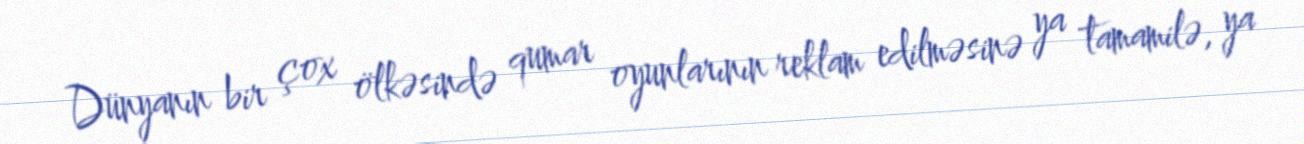
Dünyanın bir çox ölkəsində qumar oyunlarının reklam edilməsinə ya tamamilə, ya